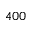
4 0 0